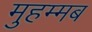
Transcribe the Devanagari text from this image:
मुहम्मब